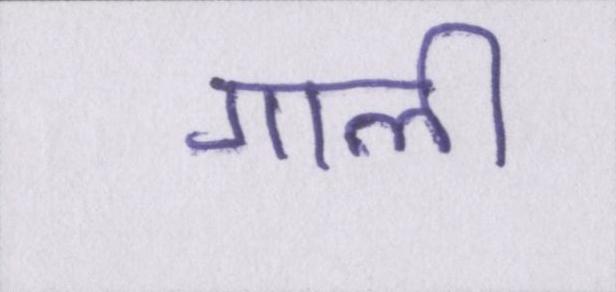
गाली